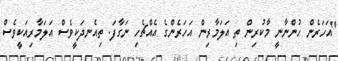
"އަހަރެން ހުންނާނީ މާކުރިން ތި އަލަމާރިން އަހަރެންގެ އެއްޗެހި ނަގާފަ. ތިއެނދަކީވެސް އަލަމާރިއަކީވެސް